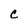
Character: C